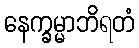
နေက္ခမ္မာဘိရတံ